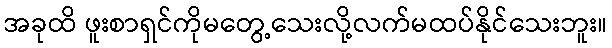
အခုထိ ဖူးစာရှင်ကိုမတွေ့သေးလို့လက်မထပ်နိုင်သေးဘူး။